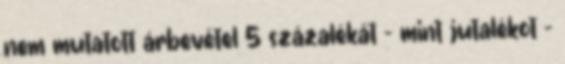
nem mutatott árbevétel 5 százalékát - mint jutalékot -